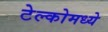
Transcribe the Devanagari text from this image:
टेल्कोमध्ये